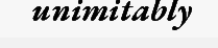
unimitably